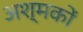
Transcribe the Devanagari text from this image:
अश्मकों